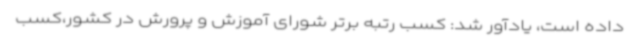
داده است، یادآور شد: کسب رتبه برتر شورای آموزش و پرورش در کشور،کسب